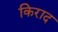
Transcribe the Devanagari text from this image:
किराद